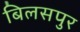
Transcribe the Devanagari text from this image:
बिलसपुर